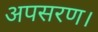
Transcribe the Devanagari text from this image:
अपसरण।